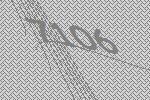
7106